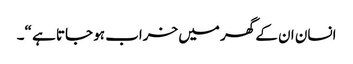
انسان ان کے گھر میں خراب ہو جاتا ہے “۔